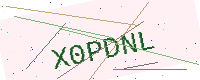
Text: X0PDNL